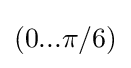
(0...\pi /6)